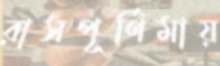
রাসপূর্ণিমায়